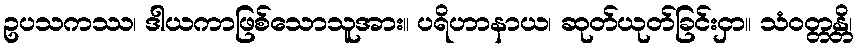
ဥပသကဿ၊ ဒါယကာဖြစ်သောသူအား။ ပရိဟာနာယ၊ ဆုတ်ယုတ်ခြင်းငှာ။ သံဝတ္တန္တိ၊